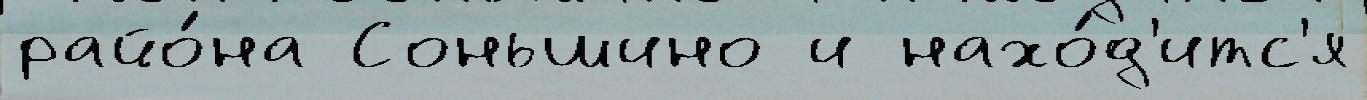
райо́на Соньшино и нахо́д'итс'я